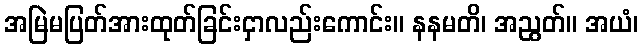
အမြဲမပြတ်အားထုတ်ခြင်းငှာလည်းကောင်း။ နနမတိ၊ အညွတ်။ အယံ၊